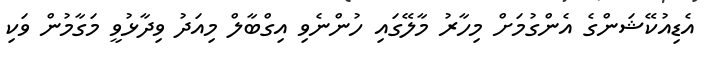
އެޑިއުކޭޝަންގެ އެންގުމަށް މިހާރު މާލޭގައި ހުންނެވި އިގްބާލް މިއަދު ވިދާޅުވީ މަގާމުން ވަކި